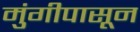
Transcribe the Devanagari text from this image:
मुंगीपासून